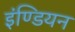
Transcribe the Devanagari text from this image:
इंण्डियन